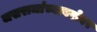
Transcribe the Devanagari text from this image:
जसराजांच्याबरोबर